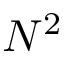
N ^ { 2 }